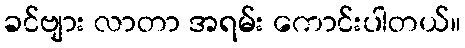
ခင်ဗျား လာတာ အရမ်း ကောင်းပါတယ်။